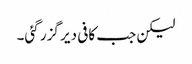
لیکن جب کافی دیر گزر گئی۔